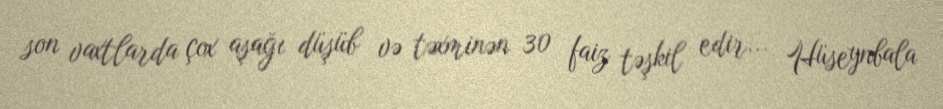
son vaxtlarda çox aşağı düşüb və təxminən 30 faiz təşkil edir... Hüseynbala